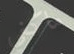
ماكغي